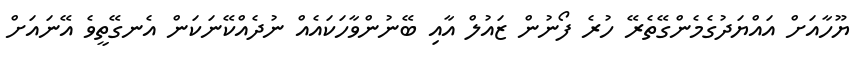
ޔޫހާއަށް އައްޔަދުގެމެންގޭތެރޭ ހުރެ ފޯނުން ޒައުލް އާއި ބޭނުންވާހަކައެއް ނުދެއްކޭނަކަން އެނގޭތީވެ އޭނައަށް